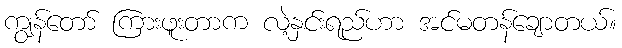
ကျွန်တော် ကြားဖူးတာက လဲ့နှင်းရည်ဟာ အင်မတန်ချောတယ်။